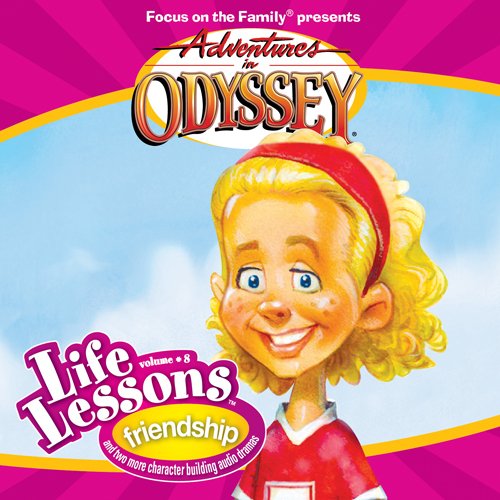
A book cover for Friendship (Adventures in Odyssey Life Lessons); AIO Team; Humor & Entertainment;